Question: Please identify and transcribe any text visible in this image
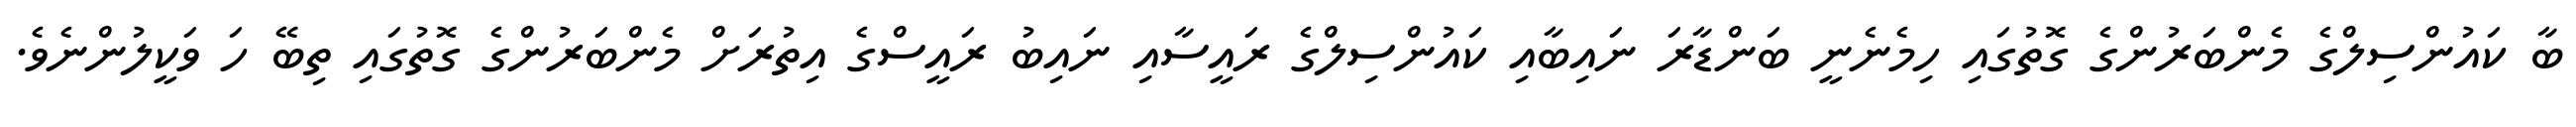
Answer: ބާ ކައުންސިލްގެ މެންބަރުންގެ ގޮތުގައި ހިމެނެނީ ބަންޑާރަ ނައިބާއި ކައުންސިލްގެ ރައީސާއި ނައިބު ރައީސްގެ އިތުރަށް މެންބަރުންގެ ގޮތުގައި ތިބޭ ހަ ވަކީލުންނެވެ.